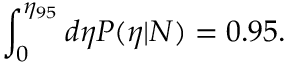
\int _ { 0 } ^ { \eta _ { 9 5 } } d \eta P ( \eta | { \cal N } ) = 0 . 9 5 .